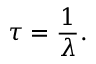
\tau = { \frac { 1 } { \lambda } } .